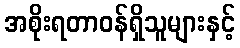
အစိုးရတာဝန်ရှိသူများနှင့်